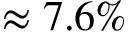
\approx 7 . 6 \%